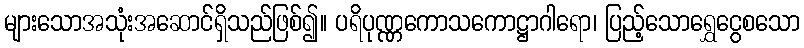
များသောအသုံးအဆောင်ရှိသည်ဖြစ်၍။ ပရိပုဏ္ဏကောသကောဋ္ဌာဂါရော၊ ပြည့်သောရွှေငွေစသော